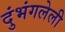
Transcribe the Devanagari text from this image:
दुंभंगलेली